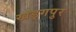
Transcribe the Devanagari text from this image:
खड्‍गपुर